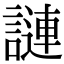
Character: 謰